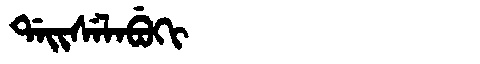
Manchu: ᡩᠠᡳᠰᡝᠯᠠᠪᡠᡴᡳ
Romanization: DAISELABUKI